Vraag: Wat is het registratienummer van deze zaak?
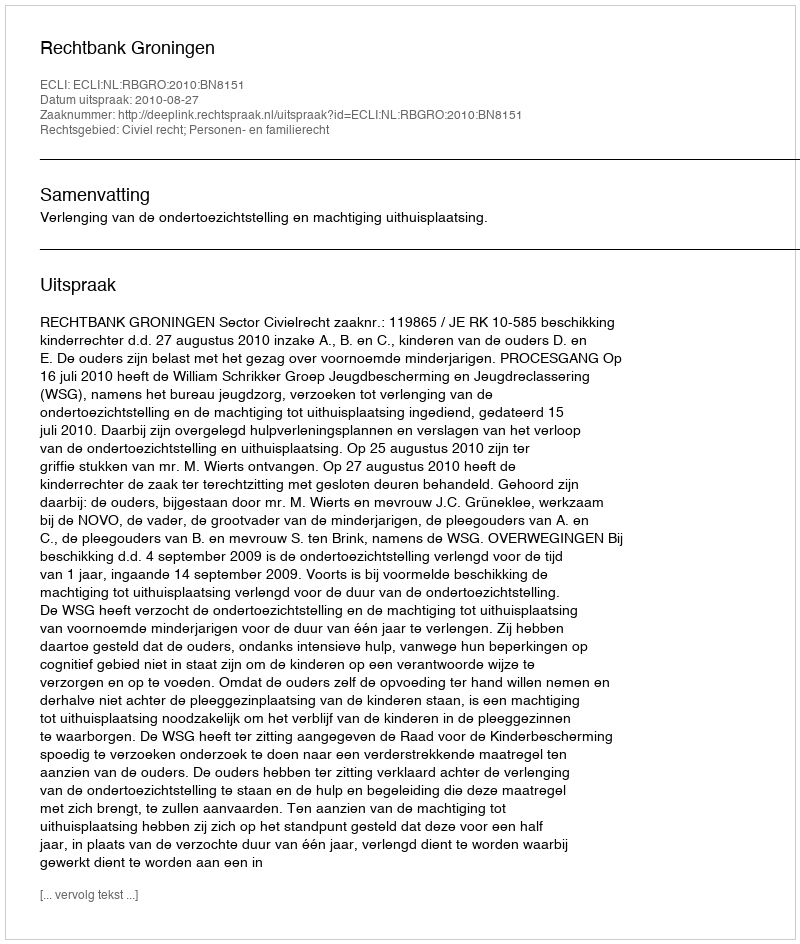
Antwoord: http://deeplink.rechtspraak.nl/uitspraak?id=ECLI:NL:RBGRO:2010:BN8151